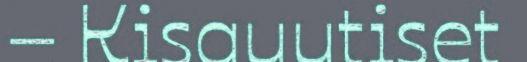
– Kisauutiset